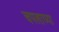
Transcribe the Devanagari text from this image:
चपलाच्या